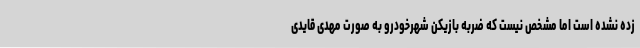
زده نشده است اما مشخص نیست که ضربه بازیکن شهرخودرو به صورت مهدی قایدی